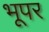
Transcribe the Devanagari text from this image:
भूपर